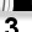
Digit: 3